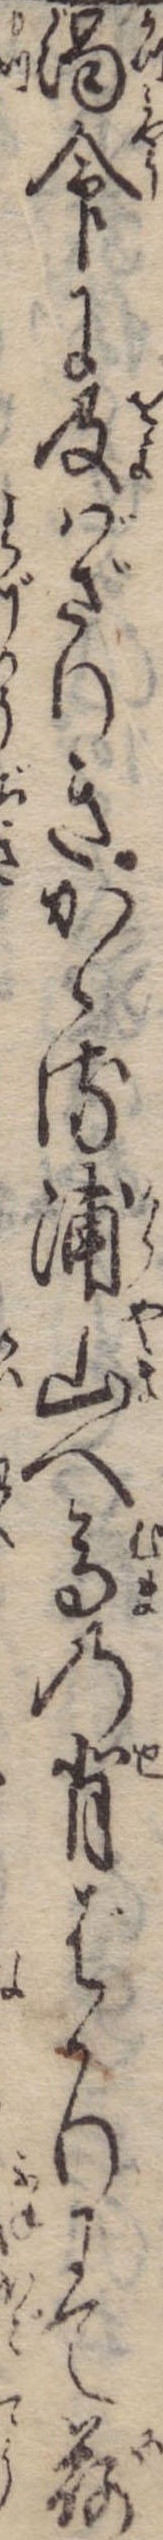
渇命に及ばざりきかゝる浦山へ馬の背ばかりにて荷